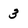
Character: 3